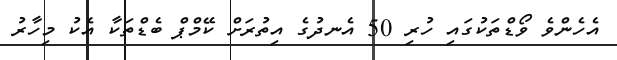
އެހެންވެ ވޯޑްތަކުގައި ހުރި 50 އެނދުގެ އިތުރަށް ކޭމްޕް ބެޑްތަކާ އެކު މިހާރު